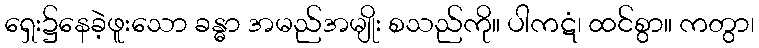
ရှေး၌နေခဲ့ဖူးသော ခန္ဓာ အမည်အမျိုး စသည်ကို။ ပါကဋံ၊ ထင်စွာ။ ကတွာ၊